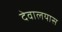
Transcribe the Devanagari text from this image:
देवालयास